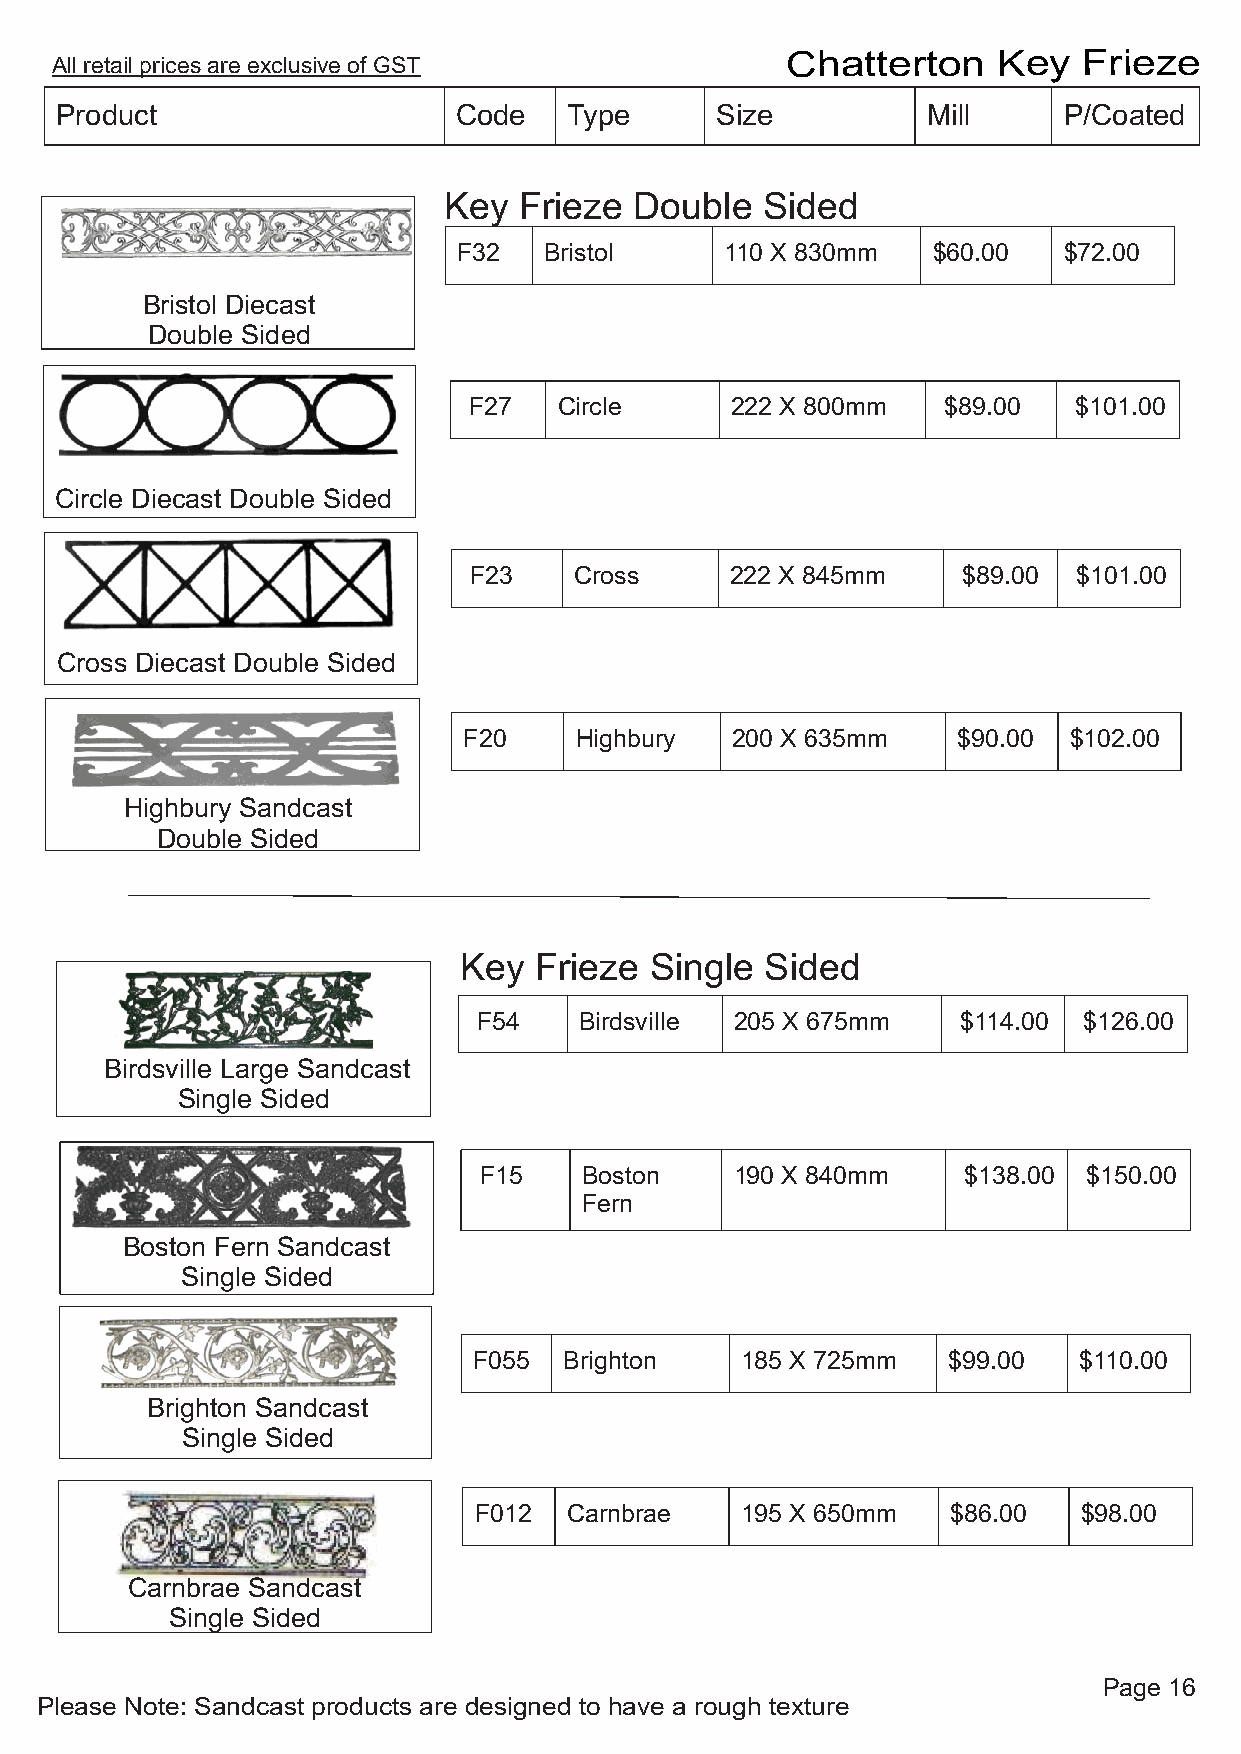
Chatterton    Key   Frieze
 All retail prices are exclusive of GST
 Product                   Code    Type     Size          Mill     P/Coated
 Key  Frieze  Double  Sided
 F32   Bristol     110 X 830mm   $60.00  $72.00
 Bristol Diecast
 Double Sided
 F27   Circle     222 X 800mm   $89.00   $101.00
 Circle Diecast Double Sided
 F23    Cross     222 X 845mm     $89.00 $101.00
 Cross Diecast Double Sided
 F20    Highbury  200 X 635mm    $90.00  $102.00
 Highbury Sandcast
 Double Sided
 Key  Frieze  Single  Sided
 F54   Birdsville 205 X 675mm    $114.00 $126.00
 Birdsville Large Sandcast
 Single Sided
 F15   Boston     190 X 840mm    $138.00 $150.00
 Fern
 Boston Fern Sandcast
 Single Sided
 F055  Brighton    185 X 725mm   $99.00  $110.00
 Brighton Sandcast
 Single Sided
 F012   Carnbrae   195 X 650mm   $86.00   $98.00
 Carnbrae Sandcast
 Single Sided
 Page 16
 Please Note: Sandcast products are designed to have a rough texture